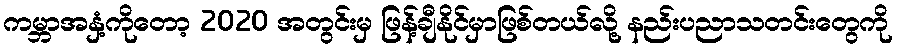
ကမ္ဘာအနှံ့ကိုတော့ 2020 အတွင်းမှ ဖြန့်ချီနိုင်မှာဖြစ်တယ်လို့ နည်းပညာသတင်းတွေကို